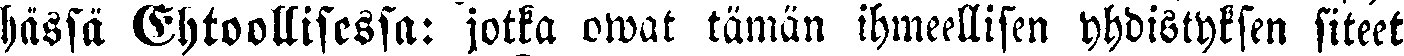
hässä Ehtoollisessa: jotka owat tämän ihmeellisen yhdistyksen siteet